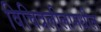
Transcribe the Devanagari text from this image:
विचित्रलीलामधील